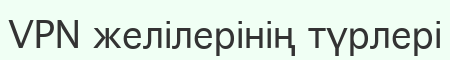
VPN желілерінің түрлері